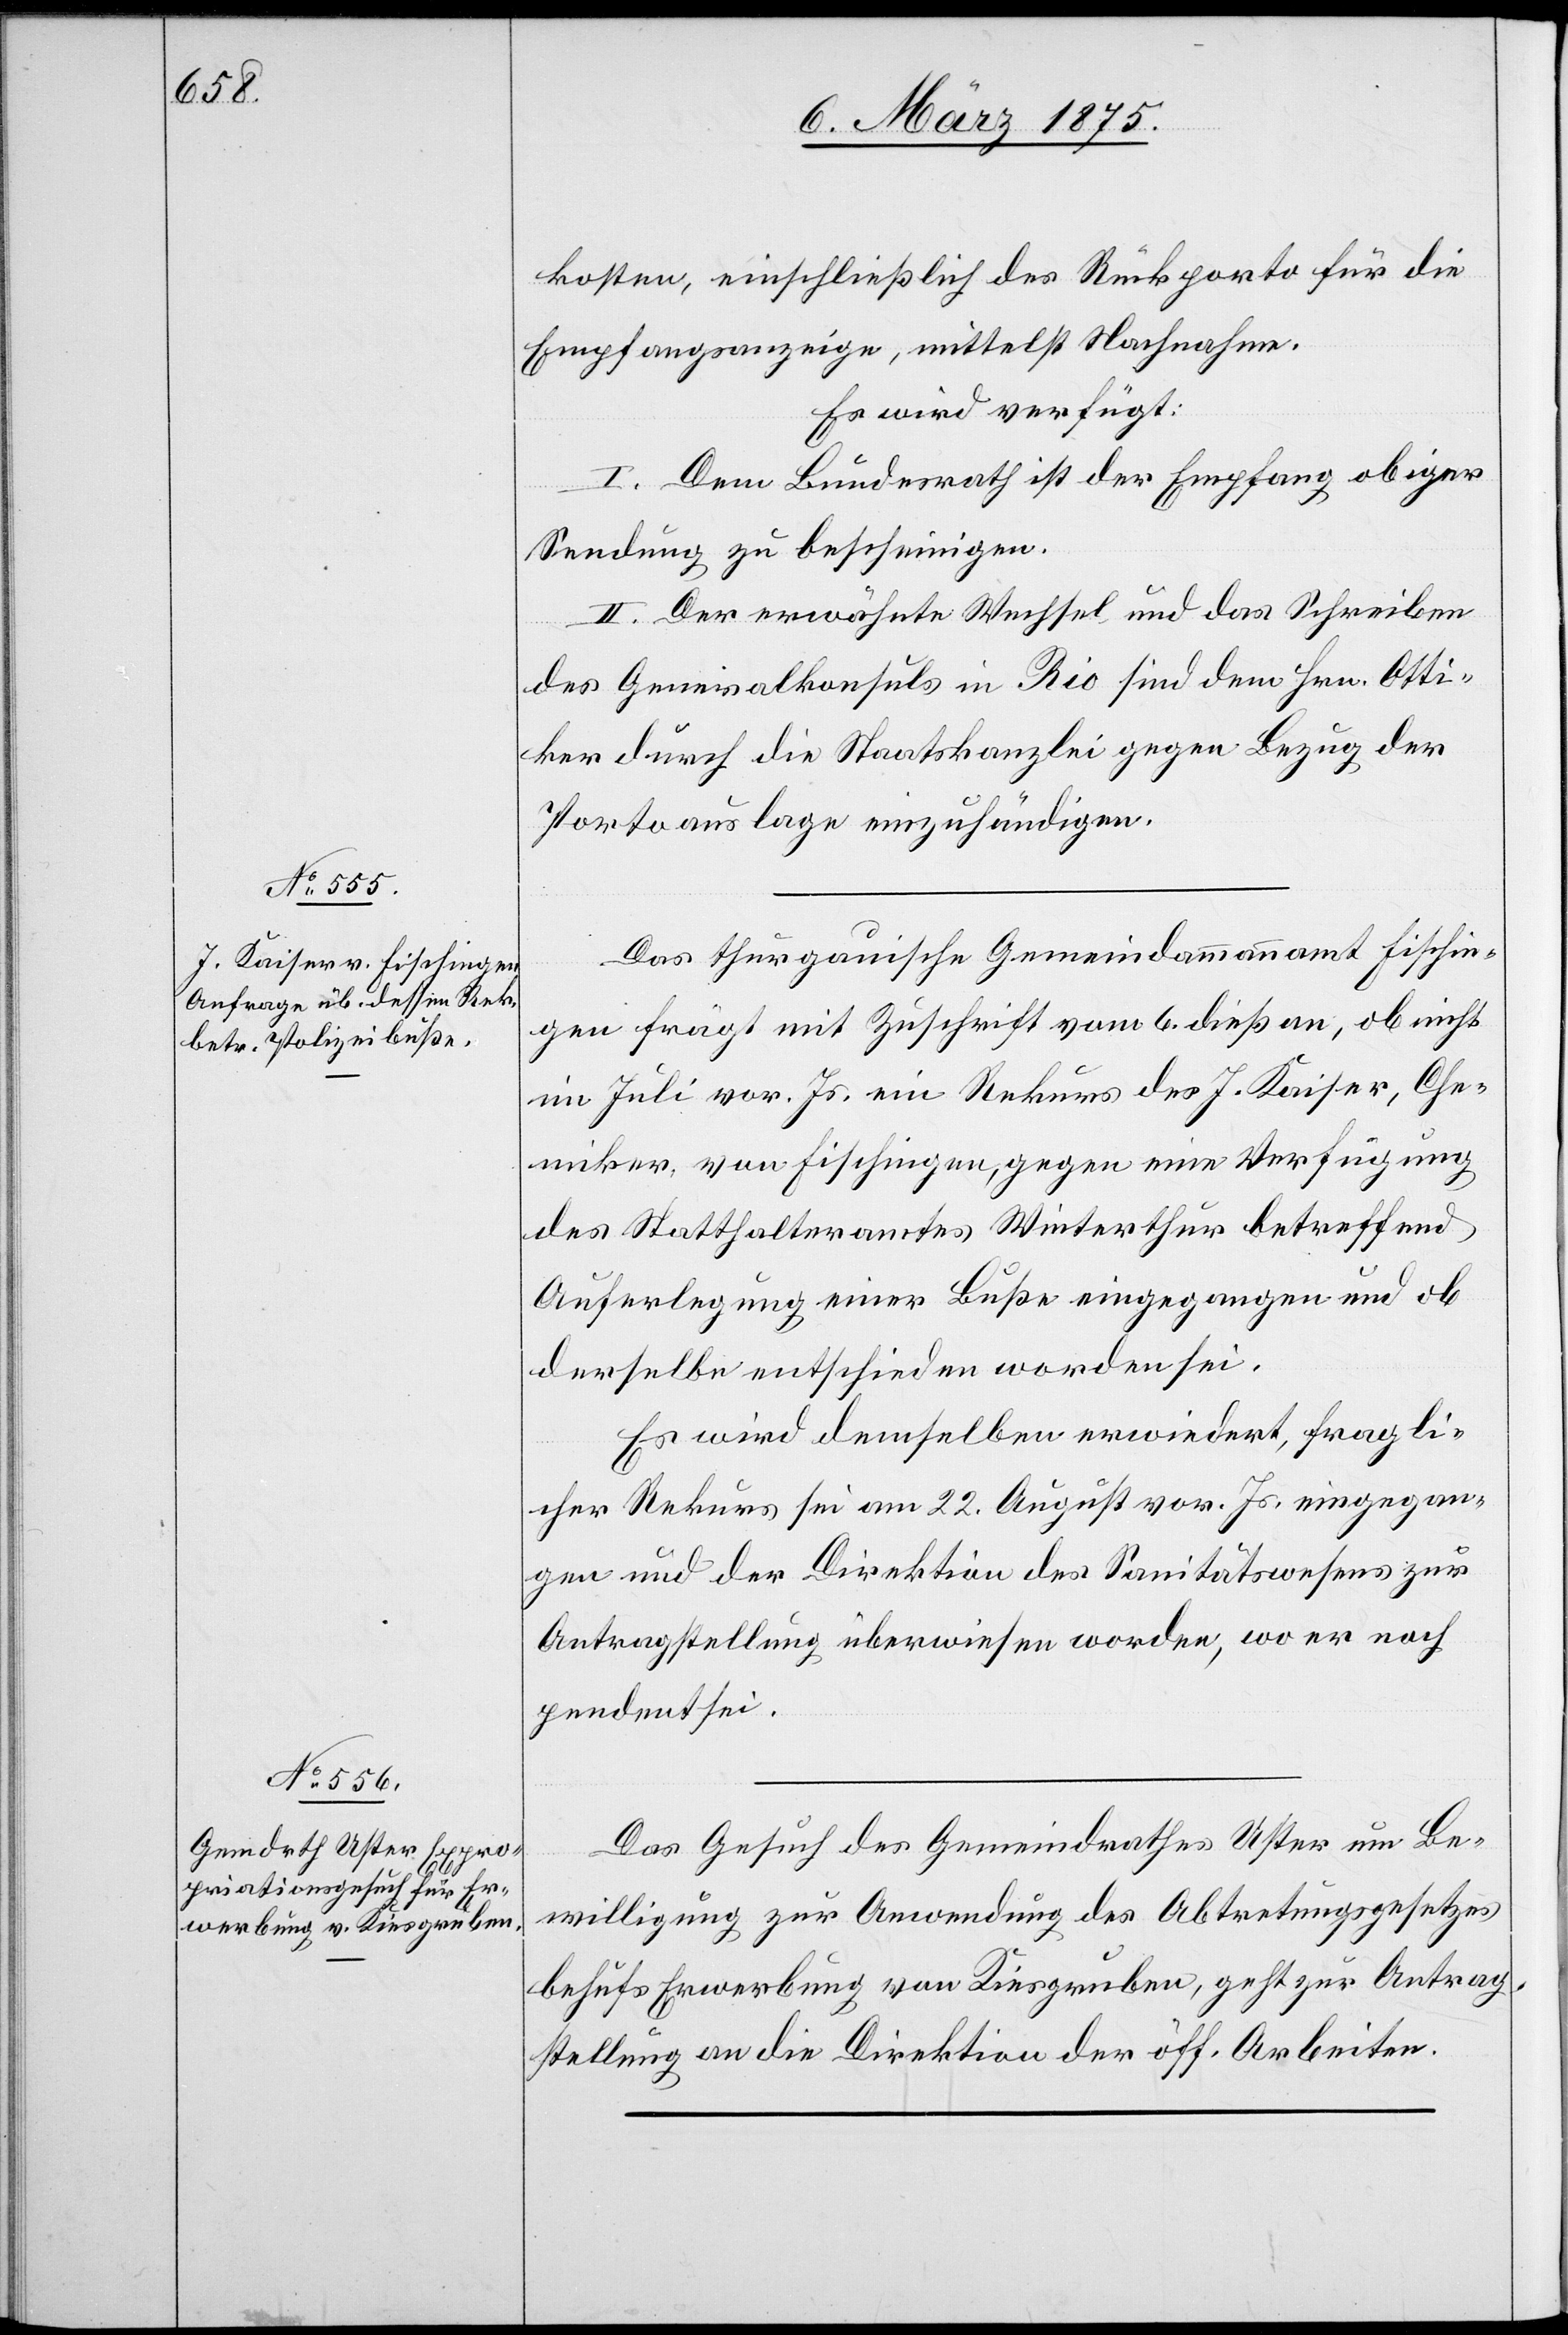
10. März 1875.]
kosten, einschließlich des Rückporto für die
Empfangsanzeige, mittelst Nachnahme.
Es wird verfügt:
I. Der Bundesrath ist der Empfang obiger
Sendung zu bescheinigen.
II. Der erwähnte Wechsel und das Schreiben
des Generalkonsuls in Rio sind dem Hrn. Otti¬
ker durch die Staatskanzlei gegen Bezug der
Portoauslage einzuhändigen.
Der thurgauische Gemeindammann Fischin¬
gen frägt mit Zuschrift vom 6. dieß. an, ob nicht
im Juli vor. Js. ein Rekurs des J. Kaiser, Che¬
miker, von Fischingen, gegen eine Verfügung
des Statthalteramtes Winterthur betreffend
Auferlegung einer Buße eingegangen und ob
derselbe entschieden worden sei.
Es wird demselben erwiedert, fragli¬
cher Rekurs sei am 22. August vor. Js. eingegan¬
gen und der Direktion des Sanitätswesens zur
Antragstellung überwiesen worden, wo er noch
pendent sei.
Das Gesuch des Gemeindrathes Uster um Be¬
willigung zu Anwendung des Abtretungsgesetzes
behufs Erwerbung von Kiesgruben, geht zu Antrag¬
stellung an die Direktion der öff. Arbeiten.